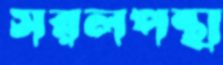
সরলপন্থা